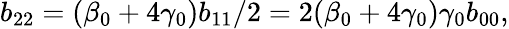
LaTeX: b_{22}=(\beta_{0}+4\gamma_{0})b_{11}/2=2(\beta_{0}+4\gamma_{0})\gamma_{0}b_{00},